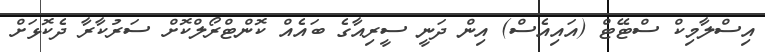
އިސްލާމިކް ސްޓޭޓް (އަައިއެސް) އިން ދަނީ ސީރިއާގެ ބައެއް ކޮންޓްރޯލްކޮށް ސަރުކާރާ ދެކޮޅަށް